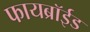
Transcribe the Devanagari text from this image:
फायब्रॉईड